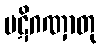
ပဋိဂဏှာတု